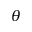
\theta